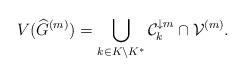
LaTeX: \begin{align*} V(\widehat{G}^{(m)})= \bigcup_{ k \in K \setminus K^* } \mathcal{C}^{\downarrow m}_k \cap \mathcal{V}^{(m)}. \end{align*}